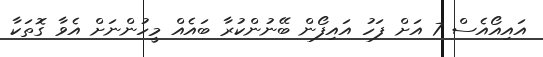
އައިއޯއެސް 7 އަށް ފަހު އައިފޯން ބޭނުންކުރާ ބައެއް މީހުންނަށް އެވާ ގޮތަކާ